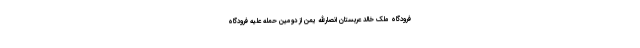
فرودگاه ملک خالد عربستان انصارالله یمن از دومین حمله علیه فرودگاه